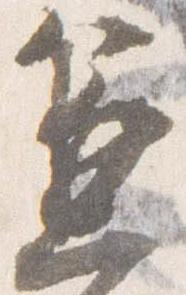
兼